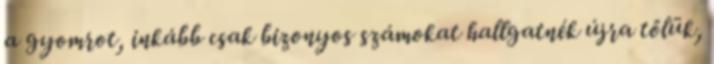
a gyomrot, inkább csak bizonyos számokat hallgatnék újra tőlük,